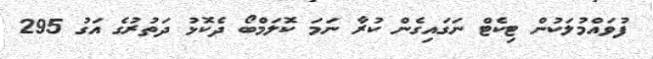
ފުވައްމުލަކުން ޓިކެޓް ނަގައިގެން ކުރާ ނަމަ ކޮލަމްބޯ ދެކޮޅު ދަތުރުގެ އަގު 295